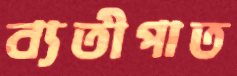
ব্যতীপাত